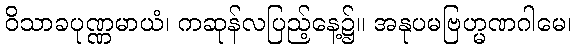
ဝိသာခပုဏ္ဏမာယံ၊ ကဆုန်လပြည့်နေ့၌။ အနုပမဗြဟ္မဏဂါမေ၊